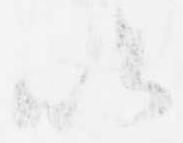
以